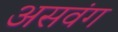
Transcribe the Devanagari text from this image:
असवंग